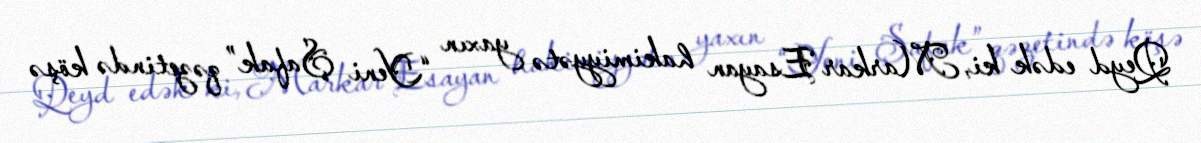
Qeyd edək ki, Markar Esayan hakimiyyətə yaxın “Yeni Şafak” qəzetində köşə